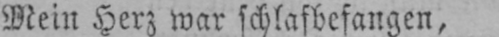
Mein Herz war schlafbefangen,